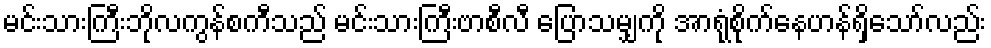
မင်းသားကြီးဘိုလကွန်စကီသည် မင်းသားကြီးဗာစီလီ ပြောသမျှကို အာရုံစိုက်နေဟန်ရှိသော်လည်း